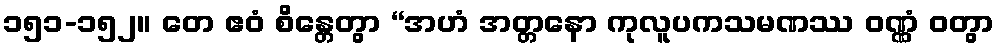
၁၅၁-၁၅၂။ တေ ဧဝံ စိန္တေတွာ “အဟံ အတ္တနော ကုလူပကသမဏဿ ဝဏ္ဏံ ဝတွာ